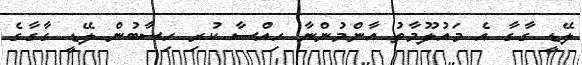
ލޭޑީ ގާގާ އެ މައުލޫމާތު އާންމުންނާ ހިއްސާ ކުރި ހިސާބުން ލޭޑީ ގާގާގެ